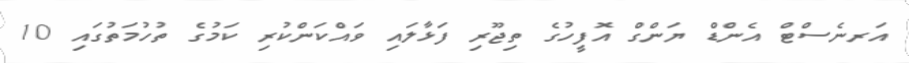
އަރނެސްޓް އެންޑް ޔަންގް އޮފީހުގެ ތިޖޫރި ފަޅާލައި ވައްކަންކުރި ކަމުގެ ތުހުމަތުގައި 10